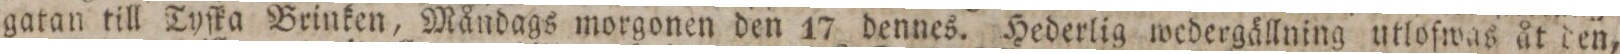
gatan till Tyſka Brinken, Måndags morgonen den 17 dennes. Hederlig wedergällning utlofwas åt den,